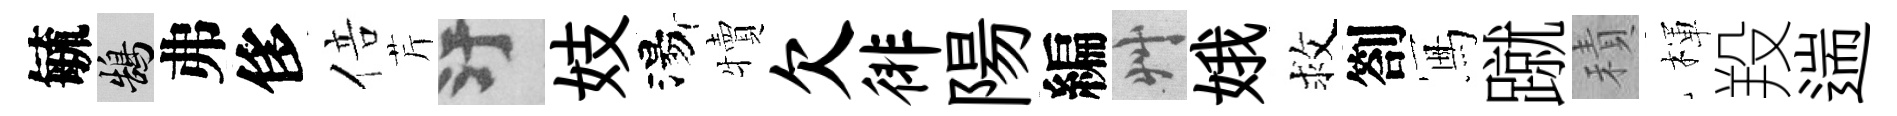
毓鵠弗侈倍芹污妓湯犢欠徘陽編艸娥救劄冩蹴積楎羖遄